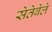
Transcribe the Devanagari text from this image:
सेतेबेले